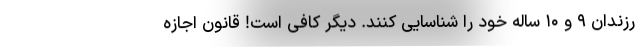
رزندان ۹ و ۱۰ ساله خود را شناسایی کنند. دیگر کافی است! قانون اجازه